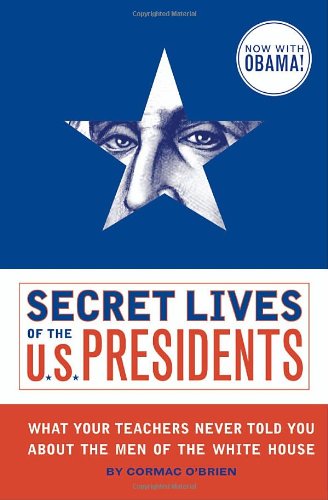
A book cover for Secret Lives of the U.S. Presidents; Cormac O'Brien; Humor & Entertainment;